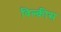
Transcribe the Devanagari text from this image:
विल्क़ीस